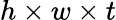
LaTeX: h\times w\times t